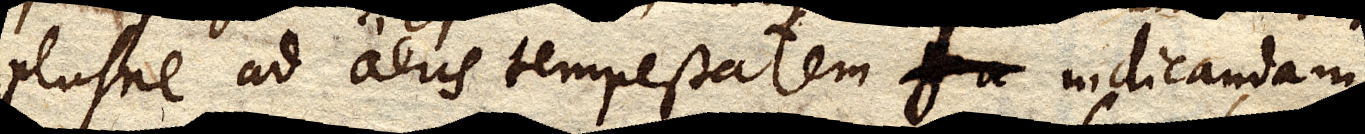
plusne ad aeris tempestatem indicandam